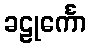
ခဠုင်္ကော